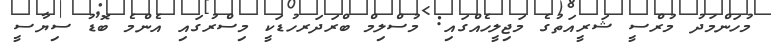
މުހަންމަދު މުރްސީ ޝަރީއަތުގެ މަޖިލީހެއްގައި: މުސްލިމް ބްރަދަރހުޑަކީ މިސްރުގައި އެންމެ ބޮޑު ސިޔާސީ